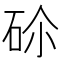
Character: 𥑒